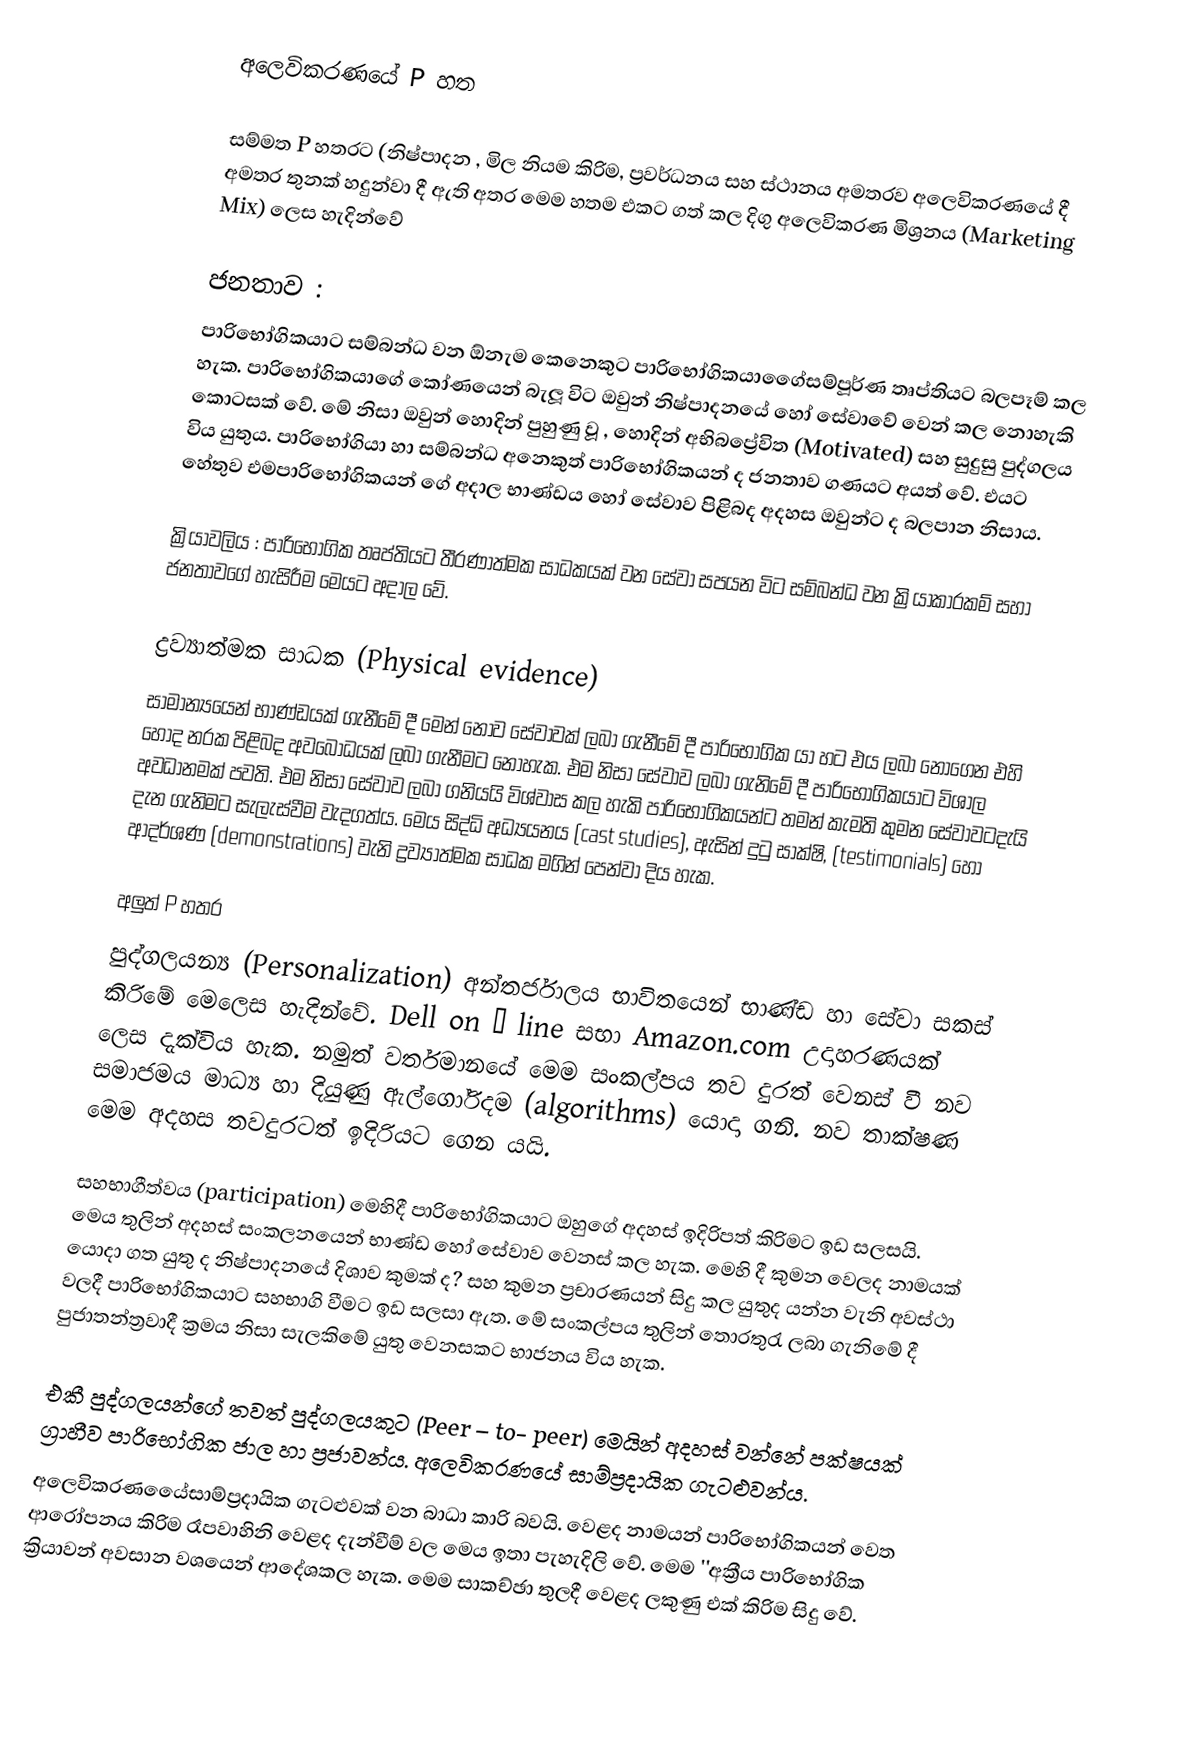
අලෙවිකරණයේ P හත

සම්මත P හතරට (නිෂ්පාදන , මිල නියම කිරිම, ප්‍රවර්ධනය සහ ස්ථානය අමතරව අලෙවිකරණයේ දී අමතර තුනක්  හදුන්වා දී ඇති අතර මෙම හතම එකට ගත් කල දිගු අලෙවිකරණ මිශ්‍රනය (Marketing Mix) ලෙස හැදින්වේ

ජනතාව :
පාරිභෝගිකයාට සම්බන්ධ වන ඕනැම කෙනෙකුට පාරිභෝගිකයාගෙේසම්පූර්ණ තෘප්තියට බලපෑම් කල හැක. පාරිභෝගිකයාගේ කෝණයෙන් බැලූ විට ඔවුන් නිෂ්පාදනයේ හෝ සේවාවේ වෙන් කල නොහැකි කොටසක් වේ. මේ නිසා ඔවුන් හොදින් පුහුණු වූ , හොදින් අභිබප්‍රේවිත (Motivated)  සහ සුදුසු පුද්ගලය විය යුතුය.  පාරිභෝගියා හා සම්බන්ධ අනෙකුත්  පාරිභෝගිකයන් ද ජනතාව ගණයට අයත් වේ. එයට හේතුව  එමපාරිභෝගිකයන්‍ ගේ  අදාල භාණ්ඩය හෝ සේවාව පිළිබද  අදහස ඔවුන්ට ද බලපාන නිසාය.

ක්‍රියාවලිය : පාරිභෝගික තෘප්තියට තීරණාත්මක සාධකයක් වන සේවා සපයන විට සම්බන්ධ වන ක්‍රියාකාරකම් සහා ජනතාවගේ හැසිරීම මෙයට අදාල වේ.

ද්‍රව්‍යාත්මක සාධක (Physical evidence)
සාමාන්‍යයෙන් භාණ්ඩයක් ගැනීමේ දී මෙන් නොව සේවාවක් ලබා ගැනීමේ දී පාරිභෝගික යා හට  එය ලබා නොගෙන එහි හොද නරක පිළිබද අවබෝධයක් ලබා ගැනීමට නොහැක. එම නිසා සේවාව ලබා ගැනිමේ දී පාරිභෝගිකයාට විශාල අවධානමක් පවති. එම නිසා සේවාව ලබා ගනියයි විශ්වාස කල හැකි පාරිභෝගිකයන්ට තමන් කැමති කුමන සේවාවටදැයි දැන ගැනිමට සැලැස්වීම වැදගත්ය. මෙය සිද්ධි අධ්‍යයනය (cast studies), ඇසින් දුටු සාක්ෂි, (testimonials) හෝ ආදර්ශණ  (demonstrations) වැනි ද්‍රව්‍යාත්මක සාධක මගින් පෙන්වා දිය හැක.

අලුත් P හතර
පුද්ගලයන්‍ය (Personalization) අන්තර්ජාලය භාවිතයෙන් භාණ්ඩ හා සේවා සකස් කිරිමේ මෙලෙස හැදින්වේ. Dell on – line සභා  Amazon.com උදාහරණයක් ලෙස දැක්විය හැක. නමුත් වර්තමානයේ මෙම සංකල්පය තව දුරත් වෙනස් වී නව සමාජමය මාධ්‍ය හා දියුණු ඇල්ගෝරිදම (algorithms)  යොදා ගනි. නව තාක්ෂණ මෙම අදහස තවදුරටත් ඉදිරියට ගෙන යයි.

සහභාගීත්වය  (participation) මෙහිදී පාරිභෝගිකයාට ඔහුගේ අදහස් ඉදිරිපත් කිරිමට ඉඩ සලසයි. මෙය තුලින් අදහස් සංකලනයෙන් භාණ්ඩ හෝ සේවාව වෙනස් කල හැක. මෙහි දී කුමන වෙලද නාමයක් යොදා ගත යුතු ද නිෂ්පාදනයේ දිශාව කුමක් ද? සහ කුමන ප්‍රචාරණයන් සිදු කල යුතුද යන්න වැනි අවස්ථා වලදී පාරිභෝගිකයාට සහභාගි වීමට ඉඩ සලසා ඇත. මේ සංකල්පය තුලින් තොරතුරැ ලබා ගැනිමේ දී පුජාතන්ත්‍රවාදී ක්‍රමය නිසා  සැලකිමේ යුතු වෙනසකට භාජනය විය හැක.

එකී පුද්ගලයන්ගේ තවත් පුද්ගලයකු‍ට (Peer – to- peer) මෙයින් අදහස් වන්නේ පක්ෂයක් ග්‍රාහීව පාරිභෝගික ජාල හා ප්‍රජාවන්ය. අලෙවිකරණයේ සාම්ප්‍රදායික ගැටළුවන්ය.
 අලෙවිකරණයෙේසාම්ප්‍රදායික ගැටළුවක් වන බාධා කාරි බවයි. වෙළද නාමයන් පාරිභෝගිකයන් වෙත ආරෝපනය කිරිම රෑපවාහිනි වෙළද දැන්වීම් වල මෙය ඉතා පැහැදිලි වේ. මෙම ''අක්‍රීය පාරිභෝගික ක්‍රියාවන් අවසාන වශයෙන් ආදේශකල හැක. මෙම සාකච්ඡා තුලදී වෙළද ලකුණු එක් කිරිම සිදු වේ.